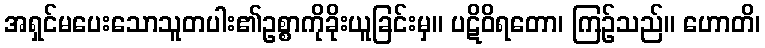
အရှင်မပေးသောသူတပါး၏ဥစ္စာကိုခိုးယူခြင်းမှ။ ပဋိဝိရတော၊ ကြဉ်သည်။ ဟောတိ၊